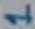
Text: 1